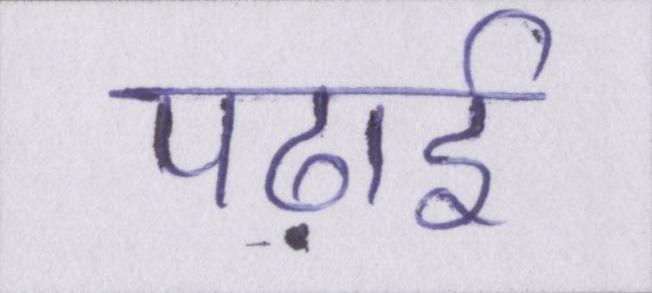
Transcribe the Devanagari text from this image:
पढ़ाई